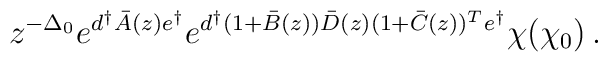
z^{-\Delta_0}e^{d^\dagger\bar A(z)e^\dagger}e^{d^\dagger(1+\bar B(z))\bar D(z)(1+\bar C(z))^Te^\dagger}\chi(\chi_0)\,.